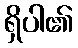
ရှိပါ၏